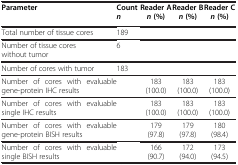
<table><thead><tr><td><b>Parameter</b></td><td><b>Count</b></td><td><b>Reader A</b></td><td><b>Reader B</b></td><td><b>Reader C</b></td></tr><tr><td><b> </b></td><td><b><i>n</i></b></td><td><b><i>n</i> (%)</b></td><td><b><i>n</i> (%)</b></td><td><b><i>n</i> (%)</b></td></tr></thead><tbody><tr><td>Total number of tissue cores</td><td>189</td><td> </td><td> </td><td> </td></tr><tr><td>Number of tissue cores without tumor</td><td>6</td><td> </td><td> </td><td> </td></tr><tr><td>Number of cores with tumor</td><td>183</td><td> </td><td> </td><td> </td></tr><tr><td>Number of cores with evaluable gene-protein IHC results</td><td> </td><td>183 (100.0)</td><td>183 (100.0)</td><td>183 (100.0)</td></tr><tr><td>Number of cores with evaluable single IHC results</td><td> </td><td>183 (100.0)</td><td>183 (100.0)</td><td>183 (100.0)</td></tr><tr><td>Number of cores with evaluable gene-protein BISH results</td><td> </td><td>179 (97.8)</td><td>179 (97.8)</td><td>180 (98.4)</td></tr><tr><td>Number of cores with evaluable single BISH results</td><td> </td><td>166 (90.7)</td><td>172 (94.0)</td><td>173 (94.5)</td></tr></tbody></table>